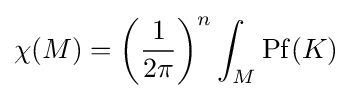
\chi (M)=\left({\frac {1}{2\pi }}\right)^{n}\int _{M}\operatorname {Pf} (K)